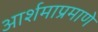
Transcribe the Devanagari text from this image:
आर्शमाप्रमाणे